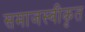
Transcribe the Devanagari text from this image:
समाजस्वीकृत